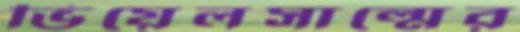
ভিয়েলসাল্মের